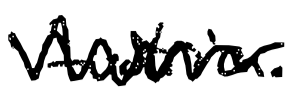
Text: Austria.
Cross-out: zig-zag
Writing tool: digital_black